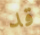
قد